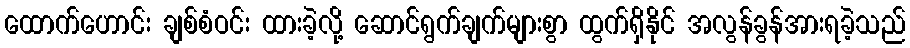
ထောက်ဟောင်း ချစ်စံဝင်း ထားခဲ့လို့ ဆောင်ရွက်ချက်များစွာ ထွက်ရှိနိုင် အလွန်ခွန်အားရခဲ့သည်